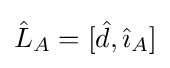
{\hat {L}}_{A}=[{\hat {d}},{\hat {\imath }}_{A}]